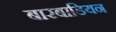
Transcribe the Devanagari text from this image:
बारबाडियन